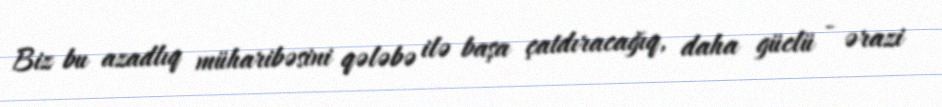
Biz bu azadlıq müharibəsini qələbə ilə başa çatdıracağıq, daha güclü - ərazi